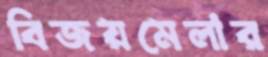
বিজয়মেলার